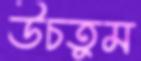
উচতুম